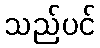
သည်ပင်